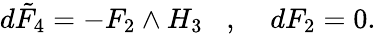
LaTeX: d\tilde{F}_{4}=-F_{2}\wedge H_{3}\; \; \; ,\; \; \; \; dF_{2}=0.